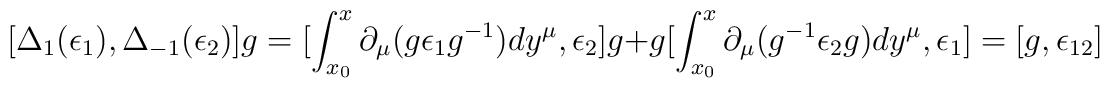
[\Delta_1(\epsilon_1), \Delta_{-1} (\epsilon_2) ]g= [ \int_{x_{0}}^x \partial_\mu (g \epsilon_1 g^{-1})dy^\mu, \epsilon_2]g+ g [ \int_{x_{0}}^x \partial_\mu (g^{-1} \epsilon_2 g) dy^\mu,\epsilon_1] = [g, \epsilon_{12}]